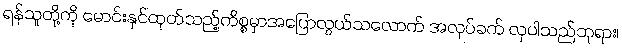
ရန်သူတို့ကို မောင်းနှင်ထုတ်သည့်ကိစ္စမှာအပြောလွယ်သလောက် အလုပ်ခက် လှပါသည်ဘုရား၊